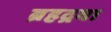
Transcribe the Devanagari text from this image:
ब्रहद्रवा